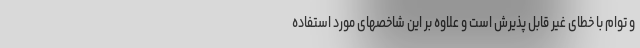
و توام با خطای غیر قابل پذیرش است و علاوه بر این شاخصهای مورد استفاده